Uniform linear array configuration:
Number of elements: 16
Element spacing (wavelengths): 0.5
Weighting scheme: exponential
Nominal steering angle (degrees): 45
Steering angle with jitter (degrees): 46.192
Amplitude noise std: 0.05
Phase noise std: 0.05

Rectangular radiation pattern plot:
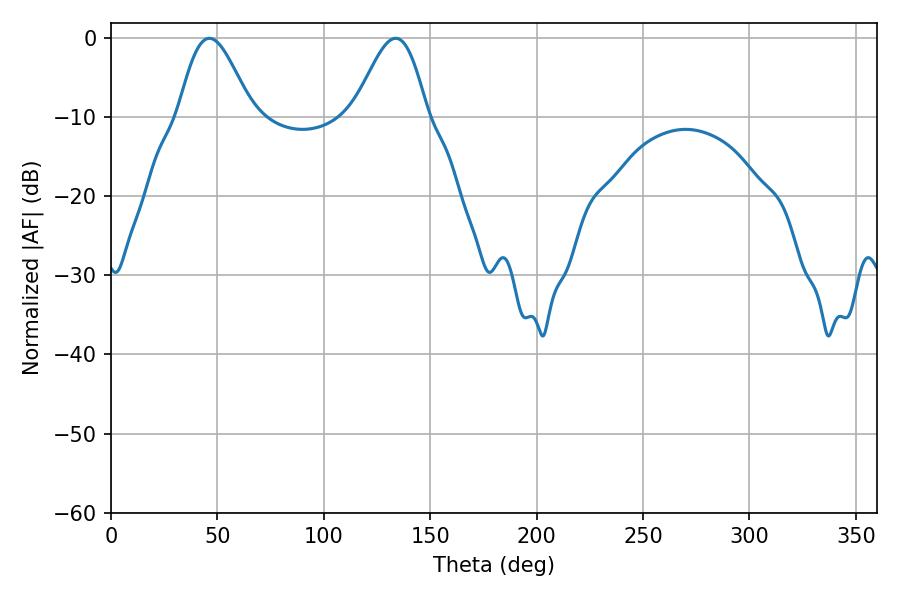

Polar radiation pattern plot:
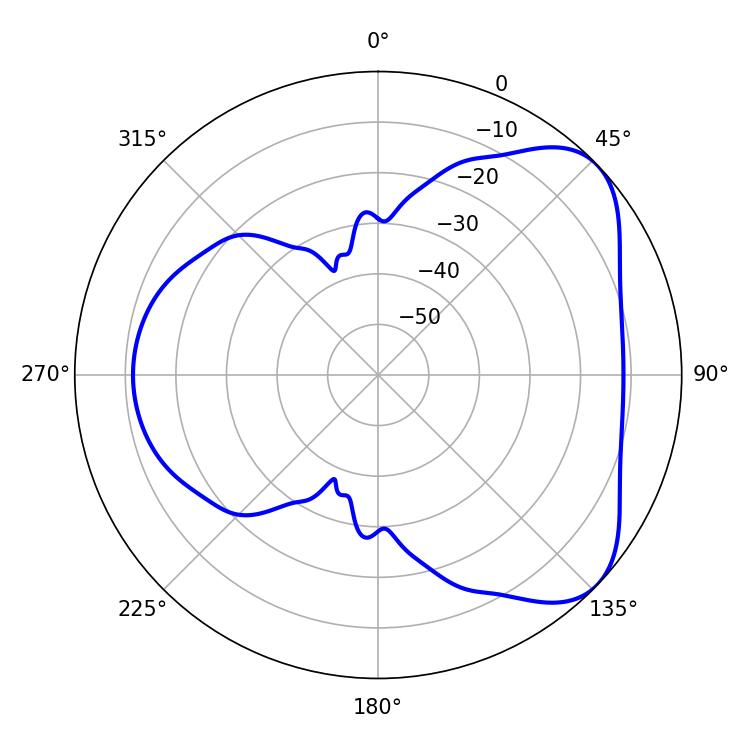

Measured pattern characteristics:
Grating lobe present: FALSE
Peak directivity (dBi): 5.75
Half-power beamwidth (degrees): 18.18
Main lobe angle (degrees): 46.26